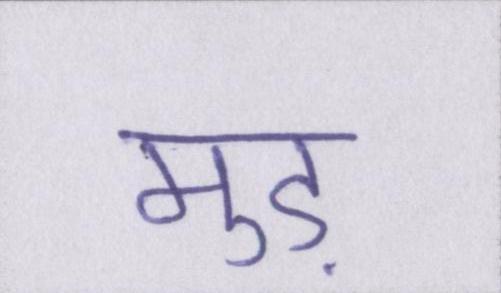
मुड़